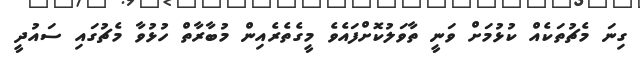
ގިނަ މެޗުތަކެއް ކުޅުމަށް ވަނީ ތާވަލުކޮށްފައެވެ މީގެތެރެއިން މުބާރާތް ހުޅުވާ މެޗުގައި ސައުދީ